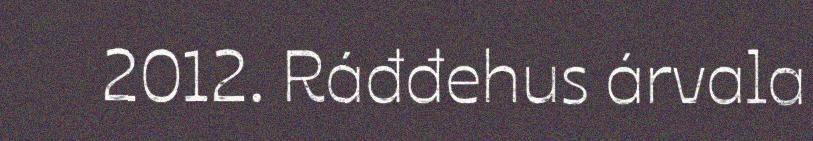
2012. Ráđđehus árvala